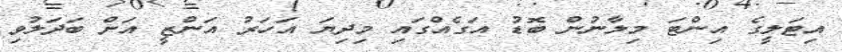
އިޓަލީގެ އިންޓަ މިލާނުން ބޮޑު އަގެއްގައި މިދިޔަ އަހަރު އަންޒީ އަށް ބަދަލުވި